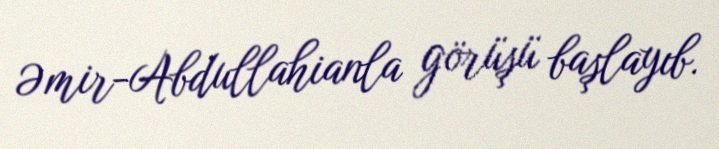
Əmir-Abdullahianla görüşü başlayıb.